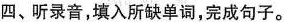
四、听录音,填入所缺单词,完成句子。